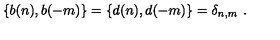
\{ b ( n ) , b ( - m ) \} = \{ d ( n ) , d ( - m ) \} = \delta _ { n , m } \ .